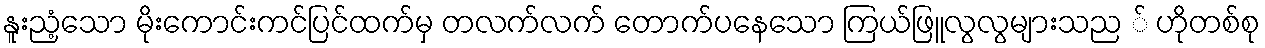
နူးညံ့သော မိုးကောင်းကင်ပြင်ထက်မှ တလက်လက် တောက်ပနေသော ကြယ်ဖြူလွလွများသည ် ဟိုတစ်စု